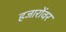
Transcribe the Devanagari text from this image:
हजारोंवर